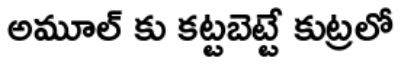
అమూల్ కు కట్టబెట్టే కుట్రలో